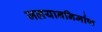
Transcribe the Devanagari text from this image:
जलयाननिर्माण